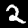
Label: 2